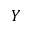
Y